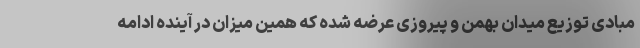
مبادی توزیع میدان بهمن و پیروزی عرضه شده که همین میزان در آینده ادامه